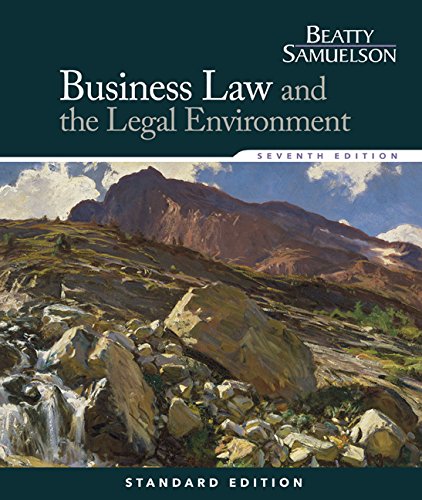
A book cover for Business Law and the Legal Environment, Standard Edition (Business Law and the Legal Enivorment); Jeffrey F. Beatty; Law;